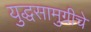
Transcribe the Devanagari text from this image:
युद्धसामुग्रीचे